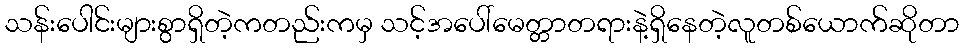
သန်းပေါင်းများစွာရှိတဲ့ကတည်းကမှ သင့်အပေါ်မေတ္တာတရားနဲ့ရှိနေတဲ့လူတစ်ယောက်ဆိုတာ